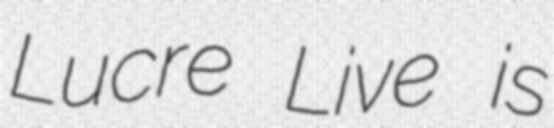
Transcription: Lucre Live is